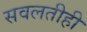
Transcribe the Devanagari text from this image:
सवलतीही